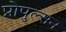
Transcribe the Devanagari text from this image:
प्रोपुल्सन